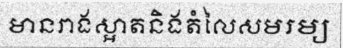
មានរាងស្អាតនិងតំលៃសមរម្យ